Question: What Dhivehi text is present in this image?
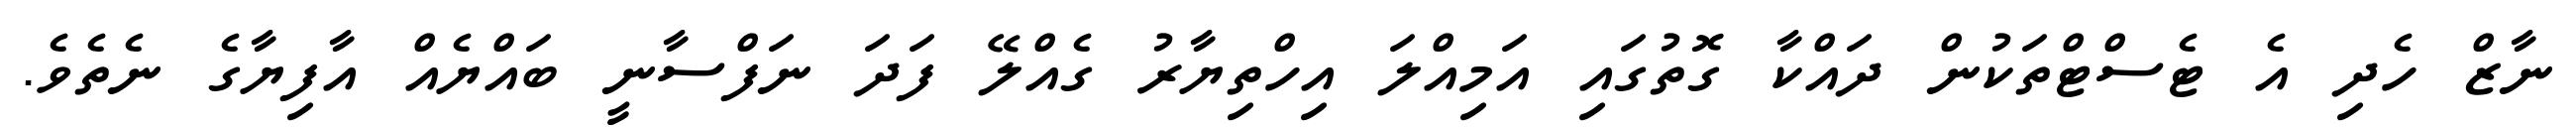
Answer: ނާޒް ހެދި އެ ޓެސްޓްތަކުން ދައްކާ ގޮތުގައި އަމިއްލަ އިހްތިޔާރު ގެއްލޭ ފަދަ ނަފްސާނީ ބައްޔެއް އާފިޔާގެ ނެތެވެ.